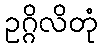
ဥဂ္ဂိလိတုံ